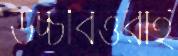
উচ্চবিত্তরাই